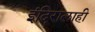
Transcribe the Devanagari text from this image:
इंदिरालाही